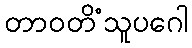
တာဝတိံသူပဂေါ